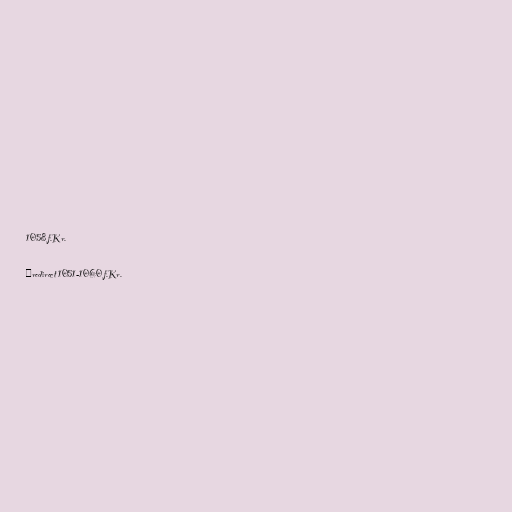
1058 f.Kr.

#redirect 1051-1060 f.Kr.